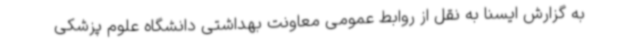
به گزارش ایسنا به نقل از روابط عمومی معاونت بهداشتی دانشگاه علوم پزشکی